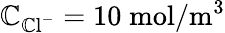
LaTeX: \mathbb{C}_{{\mathrm{{\mathbb{C}l}}}^{-}}=10\; \mathrm{{mol}}/\mathrm{{m}}^{3}